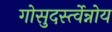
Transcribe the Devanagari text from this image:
गोसुदर्स्त्वेन्नोय